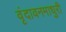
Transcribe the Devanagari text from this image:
वृंदावनमाधुरी